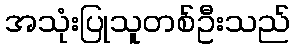
အသုံးပြုသူတစ်ဦးသည်